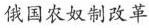
俄国农奴改革